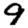
Digit: 9